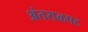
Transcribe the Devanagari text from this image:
अंतराळपट